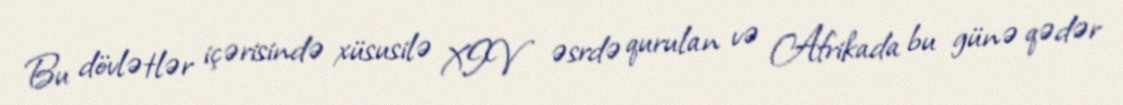
Bu dövlətlər içərisində xüsusilə XIV əsrdə qurulan və Afrikada bu günə qədər